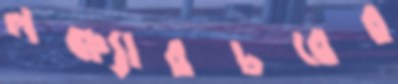
লক্ষ্যারচরের